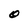
Character: O